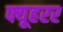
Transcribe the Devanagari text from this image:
फ्यूहरर